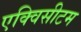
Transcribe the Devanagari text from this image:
एक्विसीटम